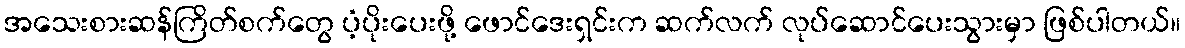
အသေးစားဆန်ကြိတ်စက်တွေ ပံ့ပိုးပေးဖို့ ဖောင်ဒေးရှင်းက ဆက်လက် လုပ်ဆောင်ပေးသွားမှာ ဖြစ်ပါတယ်။